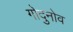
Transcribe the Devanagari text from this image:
गोदुनोव